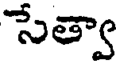
సేత్వా